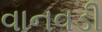
વાનવડી